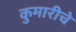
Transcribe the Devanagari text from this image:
कुमारीचे